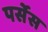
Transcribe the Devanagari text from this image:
पर्सेस